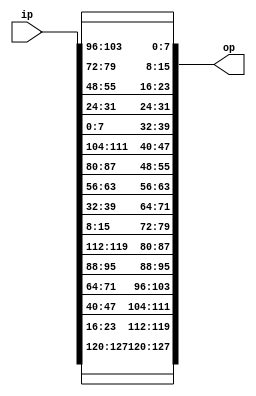
`timescale 1ns / 1ps
//////////////////////////////////////////////////////////////////////////////////
// Company: 
// Engineer: 
// 
// Design Name: 
// Module Name: invshiftrows
// Project Name: 
// Target Devices: 
// Tool Versions: 
// Description: 
// 
// Dependencies: 
// 
// Revision:
// Revision 0.01 - File Created
// Additional Comments:
// 
//////////////////////////////////////////////////////////////////////////////////


module invshiftrows(ip,op);
    input [127:0] ip;
    output [127:0] op;
     
    
	 wire [31 : 0] w0, w1, w2, w3;
    wire [31 : 0] ws0, ws1, ws2, ws3;
    
      assign w0 = ip[127 : 096];
      assign w1 = ip[095 : 064];
      assign w2 = ip[063 : 032];
      assign w3 = ip[031 : 000];

      assign ws0 = {w0[31 : 24], w3[23 : 16], w2[15 : 08], w1[07 : 00]};
      assign ws1 = {w1[31 : 24], w0[23 : 16], w3[15 : 08], w2[07 : 00]};
      assign ws2 = {w2[31 : 24], w1[23 : 16], w0[15 : 08], w3[07 : 00]};
      assign ws3 = {w3[31 : 24], w2[23 : 16], w1[15 : 08], w0[07 : 00]};
      assign op = {ws0, ws1, ws2, ws3};  
    
    
endmodule